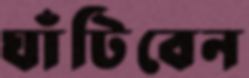
ঘাঁটিবেন